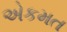
એકમત